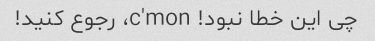
چی این خطا نبود! c'mon، رجوع کنید!